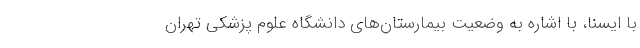
با ایسنا، با اشاره به وضعیت بیمارستان‌های دانشگاه علوم پزشکی تهران